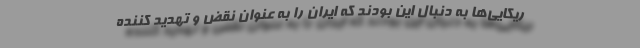
ریکایی‌ها به دنبال این بودند که ایران را به عنوان نقض و تهدید کننده